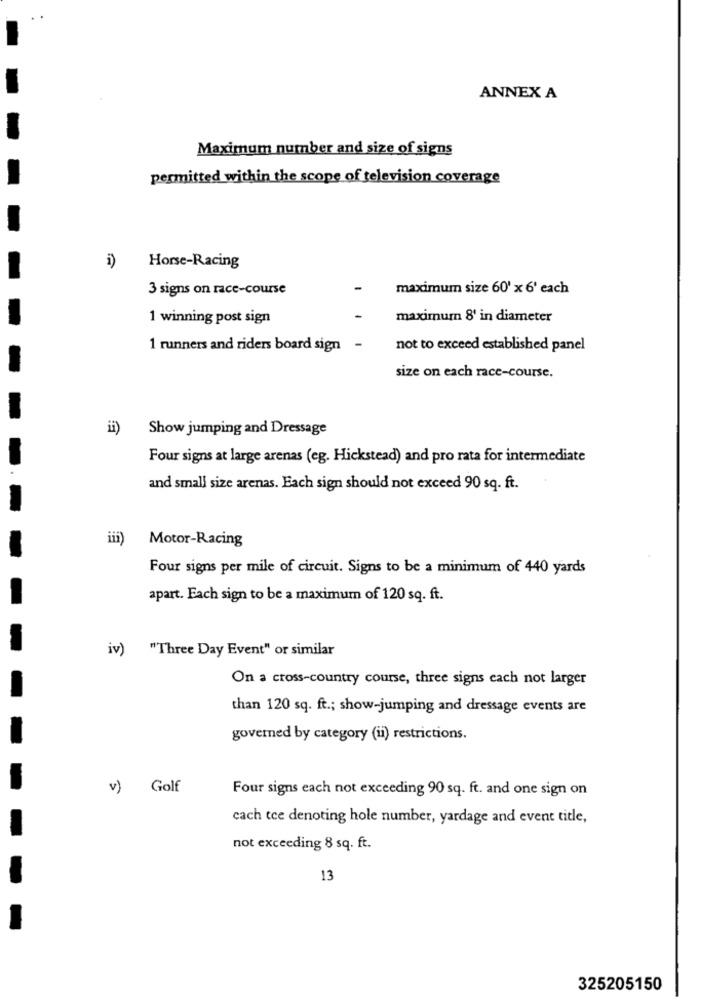
ANNEX A
Maximum number and size of signs
permitted within the scope of television coverage
i)
Horse-Racing
3 signs on race-course
maximum size 60' x 6' each
1 winning post sign
maximum 8' in diameter
1 runners and riders board sign
not to exceed established panel
size on each race-course.
ii)
Show jumping and Dressage
Four signs at large arenas (eg. Hickstead) and pro rata for intermediate
and small size arenas. Each sign should not exceed 90 sq. ft.
iii)
Motor-Racing
Four signs per mile of circuit. Signs to be a minimum of 440 yards
apart. Each sign to be a maximum of 120 sq. ft.
iv)
"Three Day Event" or similar
On a cross-country course, three signs each not larger
than 120 sq. ft .; show-jumping and dressage events are
governed by category (ii) restrictions.
v) Golf
Four signs each not exceeding 90 sq. ft. and one sign on
cach tce denoting hole number, yardage and event title,
not exceeding 8 sq. ft.
13
325205150